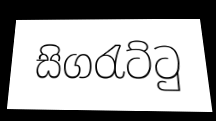
සිගරැට්ටු